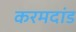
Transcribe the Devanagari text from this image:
करमदांड